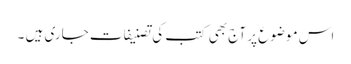
اس موضوع پر آج بھی کتب کی تصنیفات جاری ہیں ۔